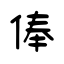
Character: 俸